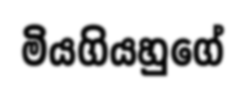
මියගියහුගේ